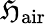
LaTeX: \mathfrak{H}_{\mathrm{{air}}}